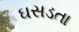
ઘસડતા